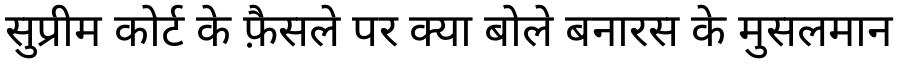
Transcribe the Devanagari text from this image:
सुप्रीम कोर्ट के फ़ैसले पर क्या बोले बनारस के मुसलमान